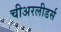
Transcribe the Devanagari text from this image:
चीअरलीडर्स